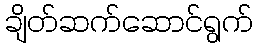
ချိတ်ဆက်ဆောင်ရွက်